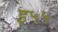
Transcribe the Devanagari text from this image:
इ५५